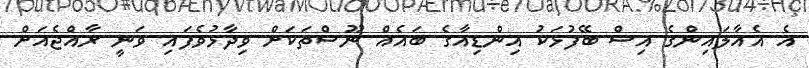
އެ އެއާލައިންގެ އިސް ބޭފުޅަކު އިންޑިއާގެ ބައެއް ނޫސްތަކަށް ވިދާޅުވެފައި ވަނީ ރާއްޖެއަށް